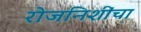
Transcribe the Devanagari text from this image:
रोजनिशींचा